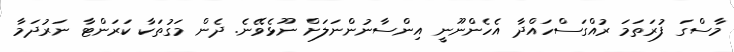
މާސްގަ ފުރަތަމަ ރުއްގަސްހައްދާ އެހެންނޫނީ އިންސާނުންނަލަށް ނޫޅެވޭނެ. ދެން މަގުތަކާ ކަރަންޓާ ނަރުދަމާ